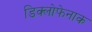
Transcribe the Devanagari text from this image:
डिक्लोफेनाक